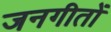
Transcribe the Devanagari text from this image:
जनगीतों